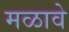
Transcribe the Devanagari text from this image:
मळावे